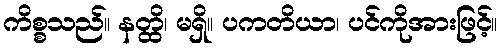
ကိစ္စသည်။ နတ္ထိ၊ မရှိ။ ပကတိယာ၊ ပင်ကိုအားဖြင့်။